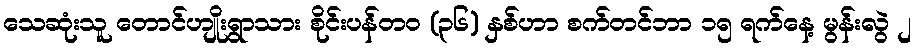
သေဆုံးသူ တောင်ဟျိုးရွာသား စိုင်းပန်တဝ (၃၆) နှစ်ဟာ စက်တင်ဘာ ၁၅ ရက်နေ့ မွန်းလွဲ ၂